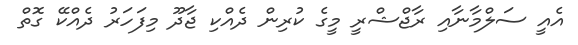
އެއީ ސަލްމާނާއި ރާޖްޝްރީ މީގެ ކުރިން ދެއްކި ޖާދޫ މިފަހަރު ދެއްކޭ ގޮތް